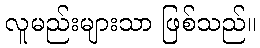
လူမည်းများသာ ဖြစ်သည်။